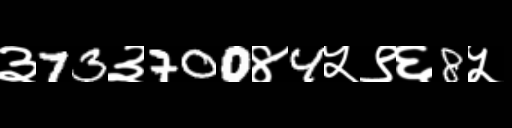
Text: ३73३700४4५९६8५